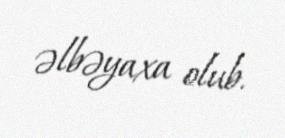
əlbəyaxa olub.